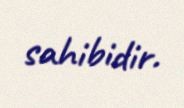
sahibidir.